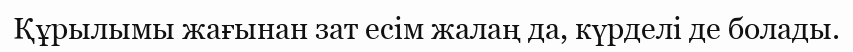
Құрылымы жағынан зат есім жалаң да, күрделі де болады.